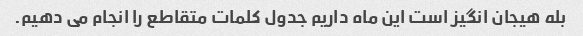
بله هیجان انگیز است این ماه داریم جدول کلمات متقاطع را انجام می دهیم.